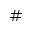
{ \# }